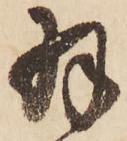
羽